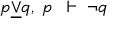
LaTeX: p { \underline { { \lor } } } q , \; p \; \; \vdash \; \neg q